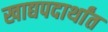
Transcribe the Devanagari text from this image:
खाद्यपदार्थांत